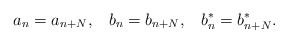
\begin{align*}a_{n}=a_{n+N},\;\;\;b_{n}=b_{n+N},\;\;\;b_{n}^{*}=b_{n+N}^{*}.\end{align*}